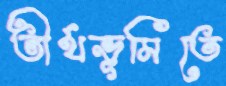
তীর্থভূমিতে